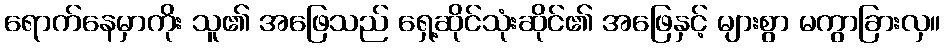
ရောက်နေမှာကိုး သူ၏ အဖြေသည် ရှေ့ဆိုင်သုံးဆိုင်၏ အဖြေနှင့် များစွာ မကွာခြားလှ။